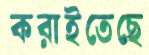
করাইতেছে